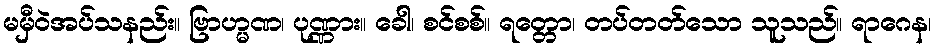
မမှီဝဲအပ်သနည်း။ ဗြာဟ္မဏ၊ ပုဏ္ဏား။ ခေါ၊ စင်စစ်။ ရတ္တော၊ တပ်တတ်သော သူသည်။ ရာဂေန၊